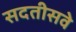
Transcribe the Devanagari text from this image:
सदतीसवे